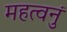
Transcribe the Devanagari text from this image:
महत्वनुं